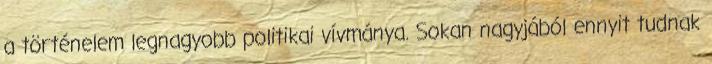
a történelem legnagyobb politikai vívmánya. Sokan nagyjából ennyit tudnak